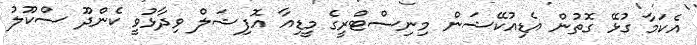
އެކަމާ ގުޅޭ ގޮތުން އެޑިއުކޭޝަން މިނިސްޓްރީގެ މީޑިއާ އޮފިޝަލް ވިދާޅުވީ ކެންދޫ ސްކޫލު